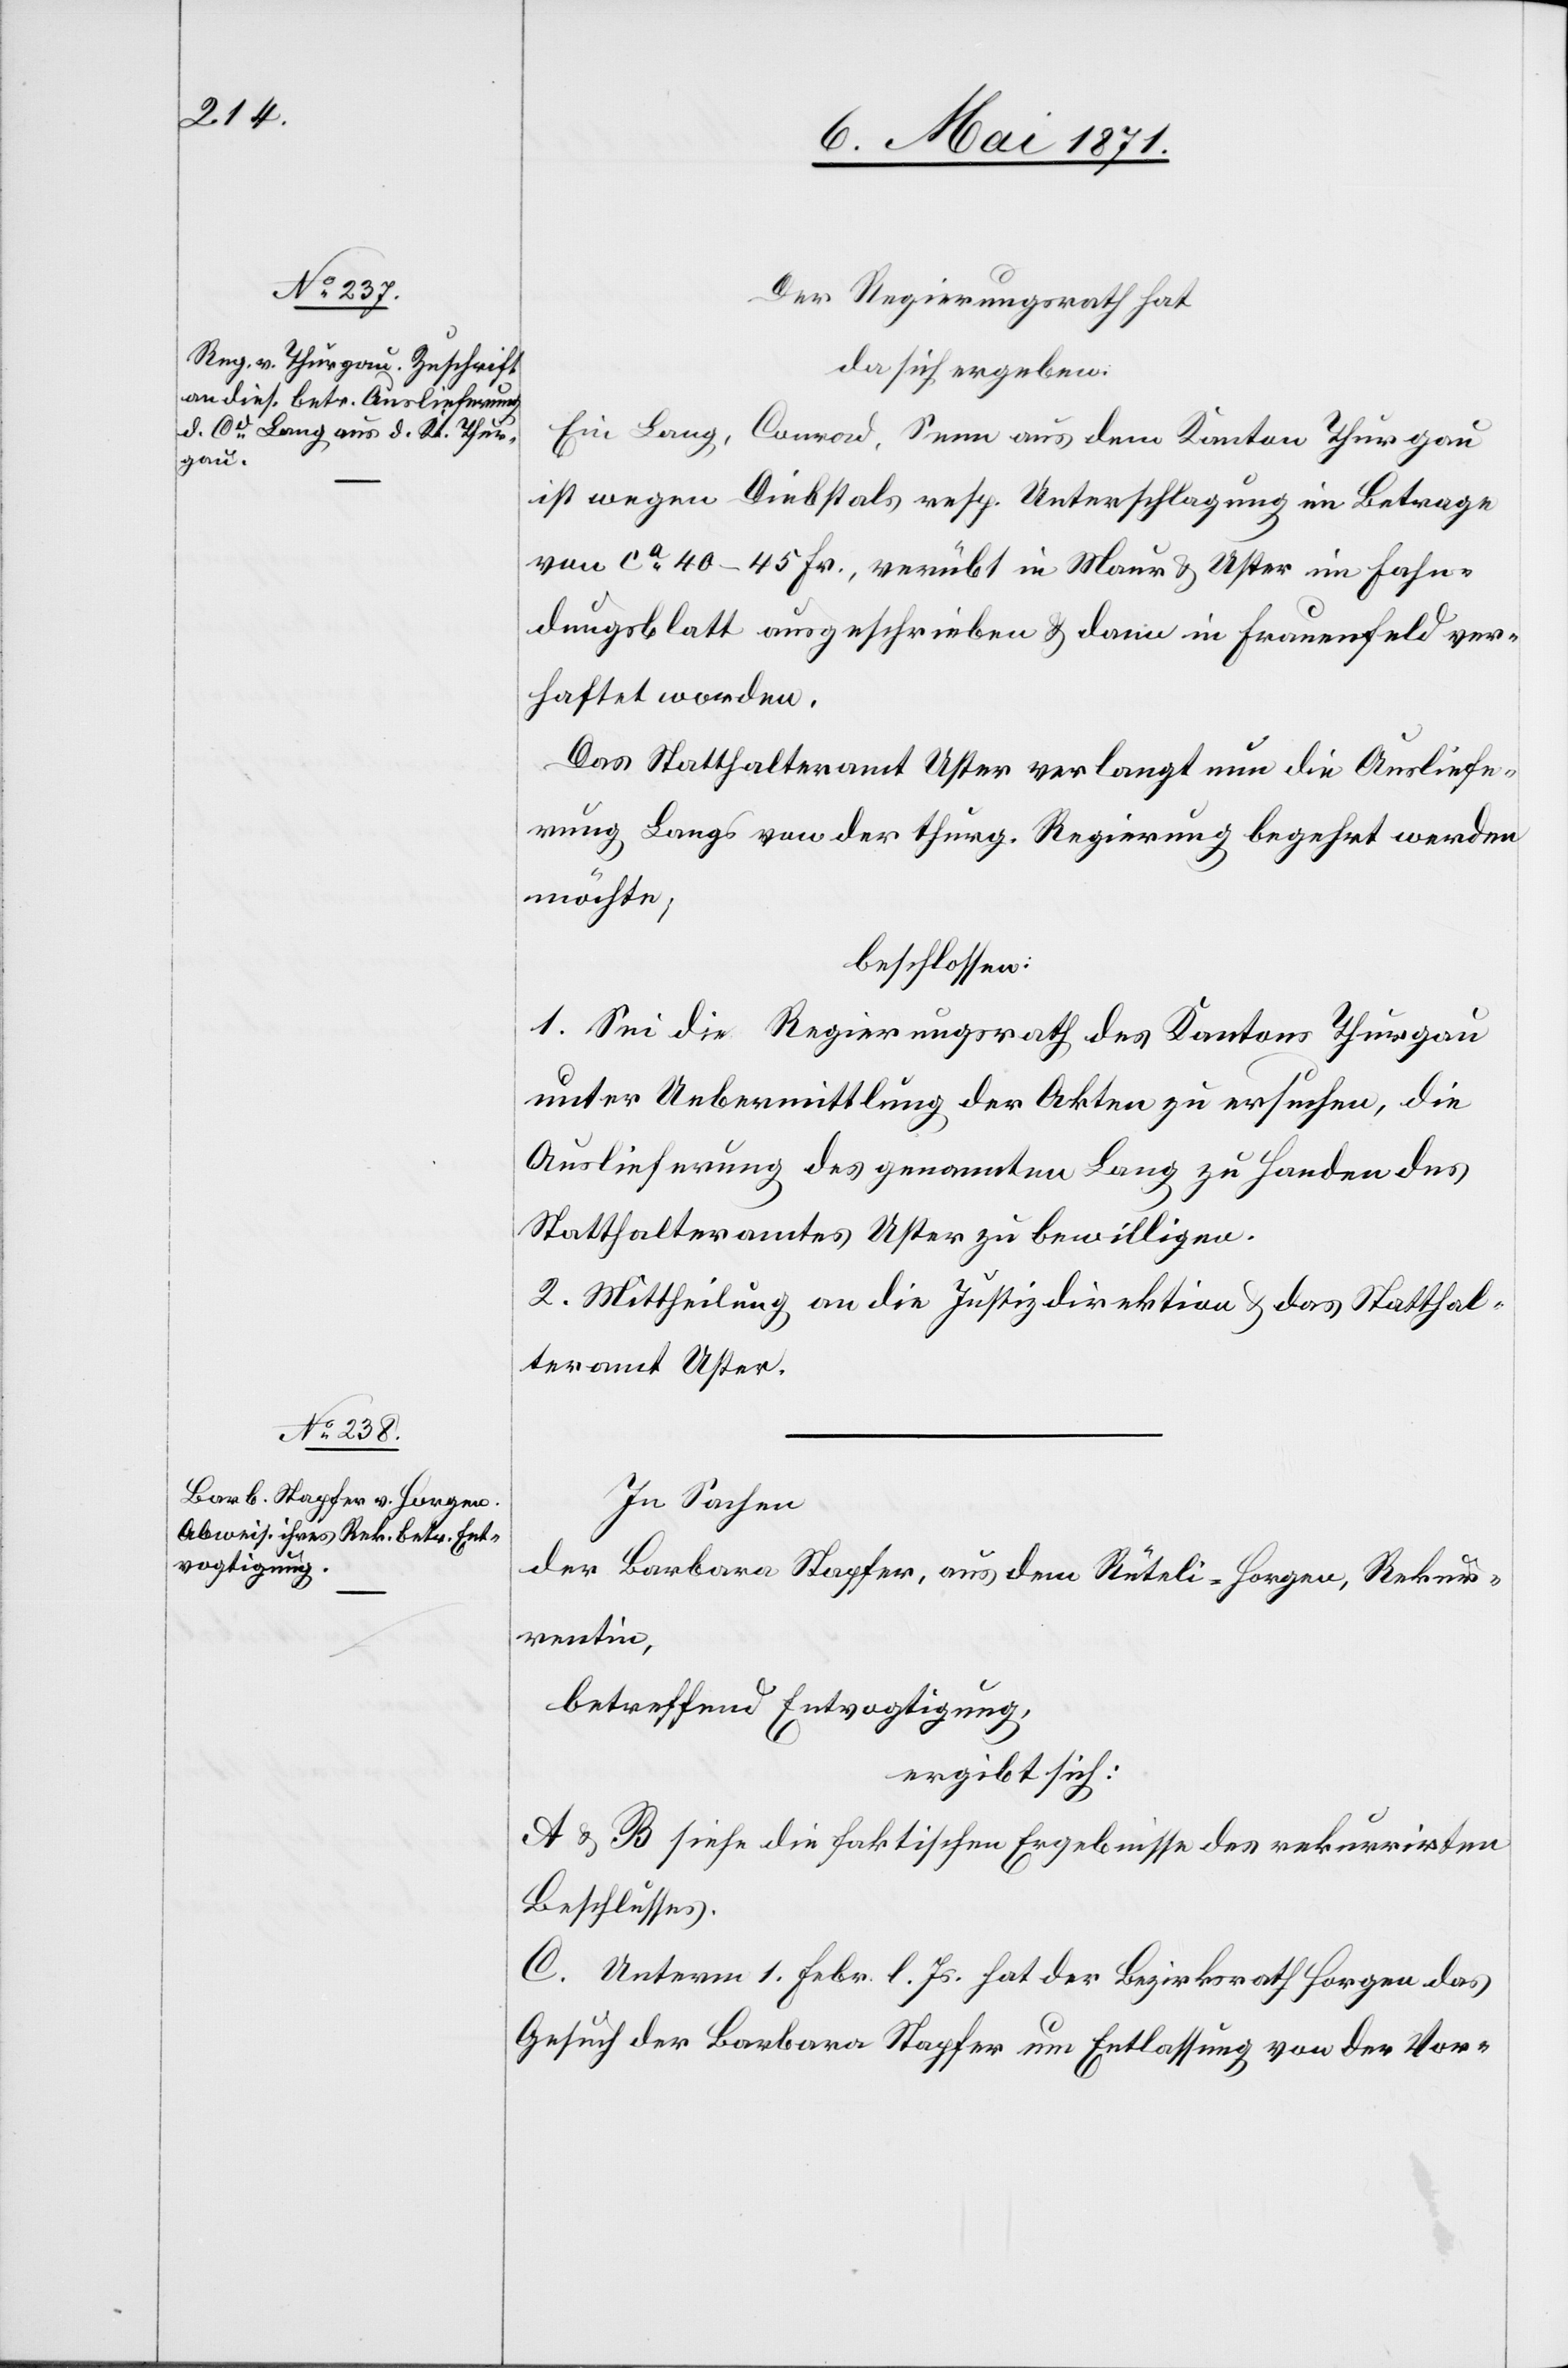
Der Regierungsrath hat
da sich ergeben:
Ein Lang, Conrad, Senn aus dem Kanton Thurgau
ist wegen Diebstals resp. Unterschlagung im Betrage
von ca. 40–45 Fr., verübt in Maur u. Uster im Fahn¬
dungsblatt ausgeschrieben u. dann in Frauenfeld ver¬
haftet worden.
Das Statthalteramt Uster verlangt nun die Ausliefe¬
rung Langs von der thurg. Regierung begehrt werden
möchte
beschlossen:
1. Sei die [sic!] Regierungsrath des Kantons Thurgau
unter Uebermittlung der Akten zu ersuchen, die
Auslieferung des genannten Lang zu Handen des
Statthalteramtes Uster zu bewilligen.
2. Mittheilung an die Justizdirektion u. das Statthal¬
teramt Uster.
In Sachen
der Barbara Stapfer, aus dem Rüteli-Horgen, Rekur¬
rentin,
betreffend Entvogtigung,
ergibt sich:
A u. B siehe die faktischen Ergebnisse des rekurrirten
Beschlusses.
C. Unterm 1. Febr. l. Js. hat der Bezirksrath Horgen das
Gesuch der Barbara Stapfer um Entlassung von der Vor-